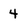
Character: 4